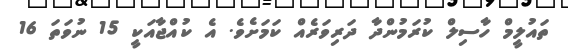
ތައުލީމް ހާސިލް ކުރަމުންދާ ދަރިވަރެއް ކަމަށެވެ. އެ ކުއްޖާއަކީ 15 ނުވަތަ 16